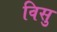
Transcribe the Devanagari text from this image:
विसु